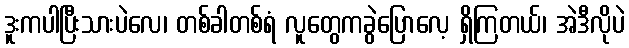
ဒူးကပါပြီးသားပဲလေ၊ တစ်ခါတစ်ရံ လူတွေကခွဲပြောလေ့ ရှိကြတယ်၊ အဲဒီလိုပဲ